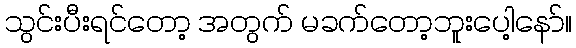
သွင်းပီးရင်တော့ အတွက် မခက်တော့ဘူးပေါ့နော်။